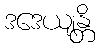
ဒဒေယျန္တိ